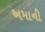
અમાની